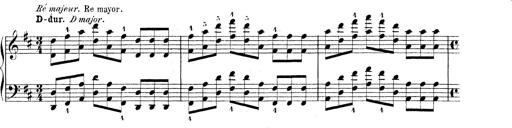
Title: Technische Studien
Composer: Franz Liszt